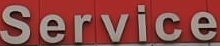
Service